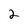
Character: 2